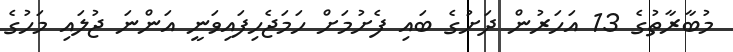
މުބާާރާތުގެ 13 އަހަރުން ދަށުގެ ބައި ފެށުމަށް ހަމަޖެހިފައިވަނީ އަންނަ ޖުލައި މަހުގެ